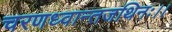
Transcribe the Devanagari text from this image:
चरणध्वान्तजथिनः।।